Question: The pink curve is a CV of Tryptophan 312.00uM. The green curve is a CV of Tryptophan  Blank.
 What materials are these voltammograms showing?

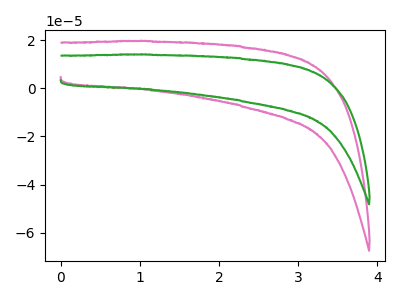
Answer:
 <answer>The pink curve is labeled "Tryptophan 312.00uM". The green curve is labeled "Tryptophan  Blank".</answer>
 <eval></eval>